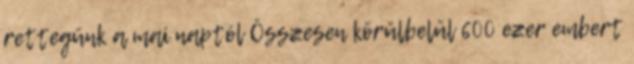
rettegünk a mai naptól Összesen körülbelül 600 ezer embert